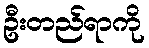
ဦးတည်ရာကို